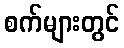
စက်များတွင်